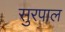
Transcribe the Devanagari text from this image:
सुरपाल